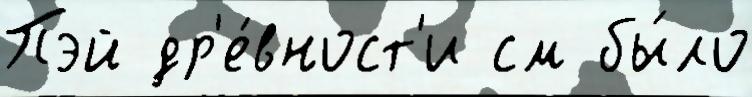
Пэй др'е́вност'и см бы́ло